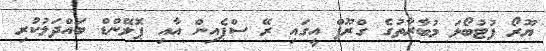
ޔޫރޯ ފުޓުބޯޅަ މުބާރާތުގެ ގްރޫޕް އީގައި ރޭ ސްޕެއިން އާއި ޕޮލޭންޑް ބައްދަލުކުރި